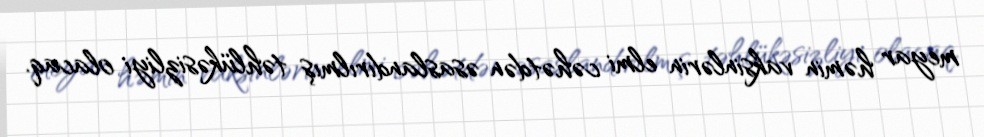
meyar həmin vaksinlərin elmi cəhətdən əsaslandırılmış təhlükəsizliyi olacaq.